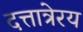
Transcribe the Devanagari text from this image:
दत्तात्रेरय